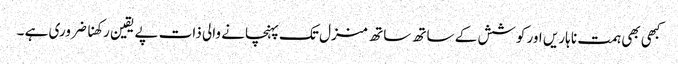
کبھی بھی ہمت نا ہاریں اور کوشش کے ساتھ ساتھ منزل تک پہنچانے والی ذات پے یقین رکھنا ضروری ہے ۔